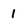
Character: 1